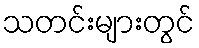
သတင်းများတွင်